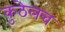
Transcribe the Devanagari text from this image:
कुठेलच